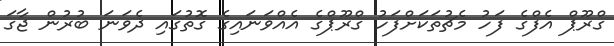
ގްރޫޕް އެފްގެ ފަހު މެޗުތަކަށްފަހު ގްރޫޕްގެ އެއްވަނައިގެ ގޮތުގައި ދެވަނަ ބުރުން ޖާގަ